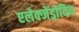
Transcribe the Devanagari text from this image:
एलेक्जेंड्रोविच